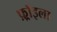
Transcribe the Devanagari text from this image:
फ़्रॉइला